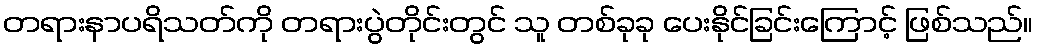
တရားနာပရိသတ်ကို တရားပွဲတိုင်းတွင် သူ တစ်ခုခု ပေးနိုင်ခြင်းကြောင့် ဖြစ်သည်။